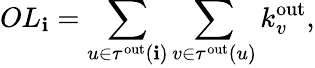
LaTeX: OL_{\mathbf{i}}=\sum_{u\in\tau^{\mathrm{{out}}}(\mathbf{i})}\sum_{v\in\tau^{\mathrm{{out}}}(u)}k_{v}^{\mathrm{{out}}},